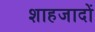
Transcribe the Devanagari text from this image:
शाहजादों